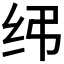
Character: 𫄝